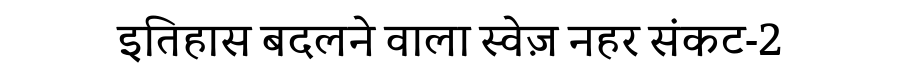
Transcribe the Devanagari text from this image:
इतिहास बदलने वाला स्वेज़ नहर संकट-2